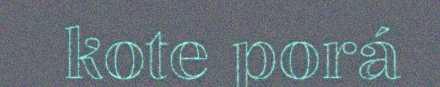
kote porá